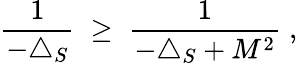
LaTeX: \frac{1}{-\triangle_{S}}\; \geq\; \frac{1}{-\triangle_{S}+M^{2}}\; ,